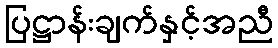
ပြဋ္ဌာန်းချက်နှင့်အညီ